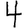
Digit: 4